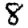
Digit: 8